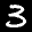
Label: 3